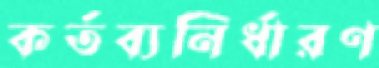
কর্তব্যনির্ধারণ